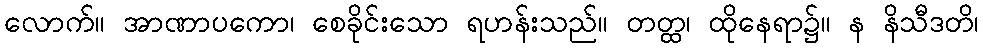
လောက်။ အာဏာပကော၊ စေခိုင်းသော ရဟန်းသည်။ တတ္ထ၊ ထိုနေရာ၌။ န နိသီဒတိ၊